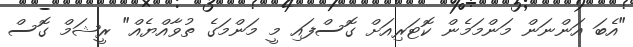
"އެބަ އަންނަން މަންމަމެން ކޮޓަރިއަށް ގޮސްފައި މީ މަންމަގެ ތުވާއްޔެއް" ރީޝަމް ގޮސް